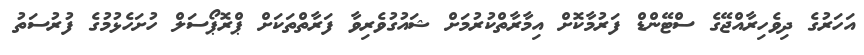
އަހަރުގެ ދިވެހިރާއްޖޭގެ ސްޓޭންޑް ފަރުމާކޮށް އިމާރާތްކުރުމަށް ޝައުގުވެރިވާ ފަރާތްތަކަށް ޕްރޮޕޯސަލް ހުށަހެޅުމުގެ ފުރުސަތު